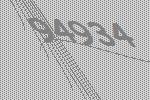
94934